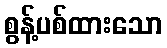
စွန့်ပစ်ထားသော